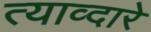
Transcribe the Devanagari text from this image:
त्याव्दारे